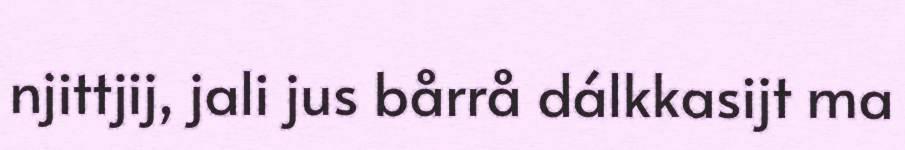
njittjij, jali jus bårrå dálkkasijt ma